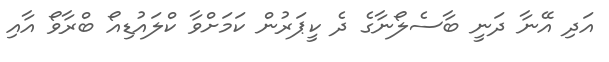
އަދި އޭނާ ދަނީ ބާސެލޯނާގެ ދެ ކީޕަރުން ކަމަށްވާ ކްލައުޑިއޯ ބްރާވޯ އާއި